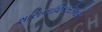
શાસનાધિકારીઓએ